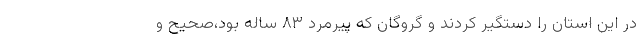
در این استان را دستگیر کردند و گروگان که پیرمرد ۸۳ ساله بود،صحیح و